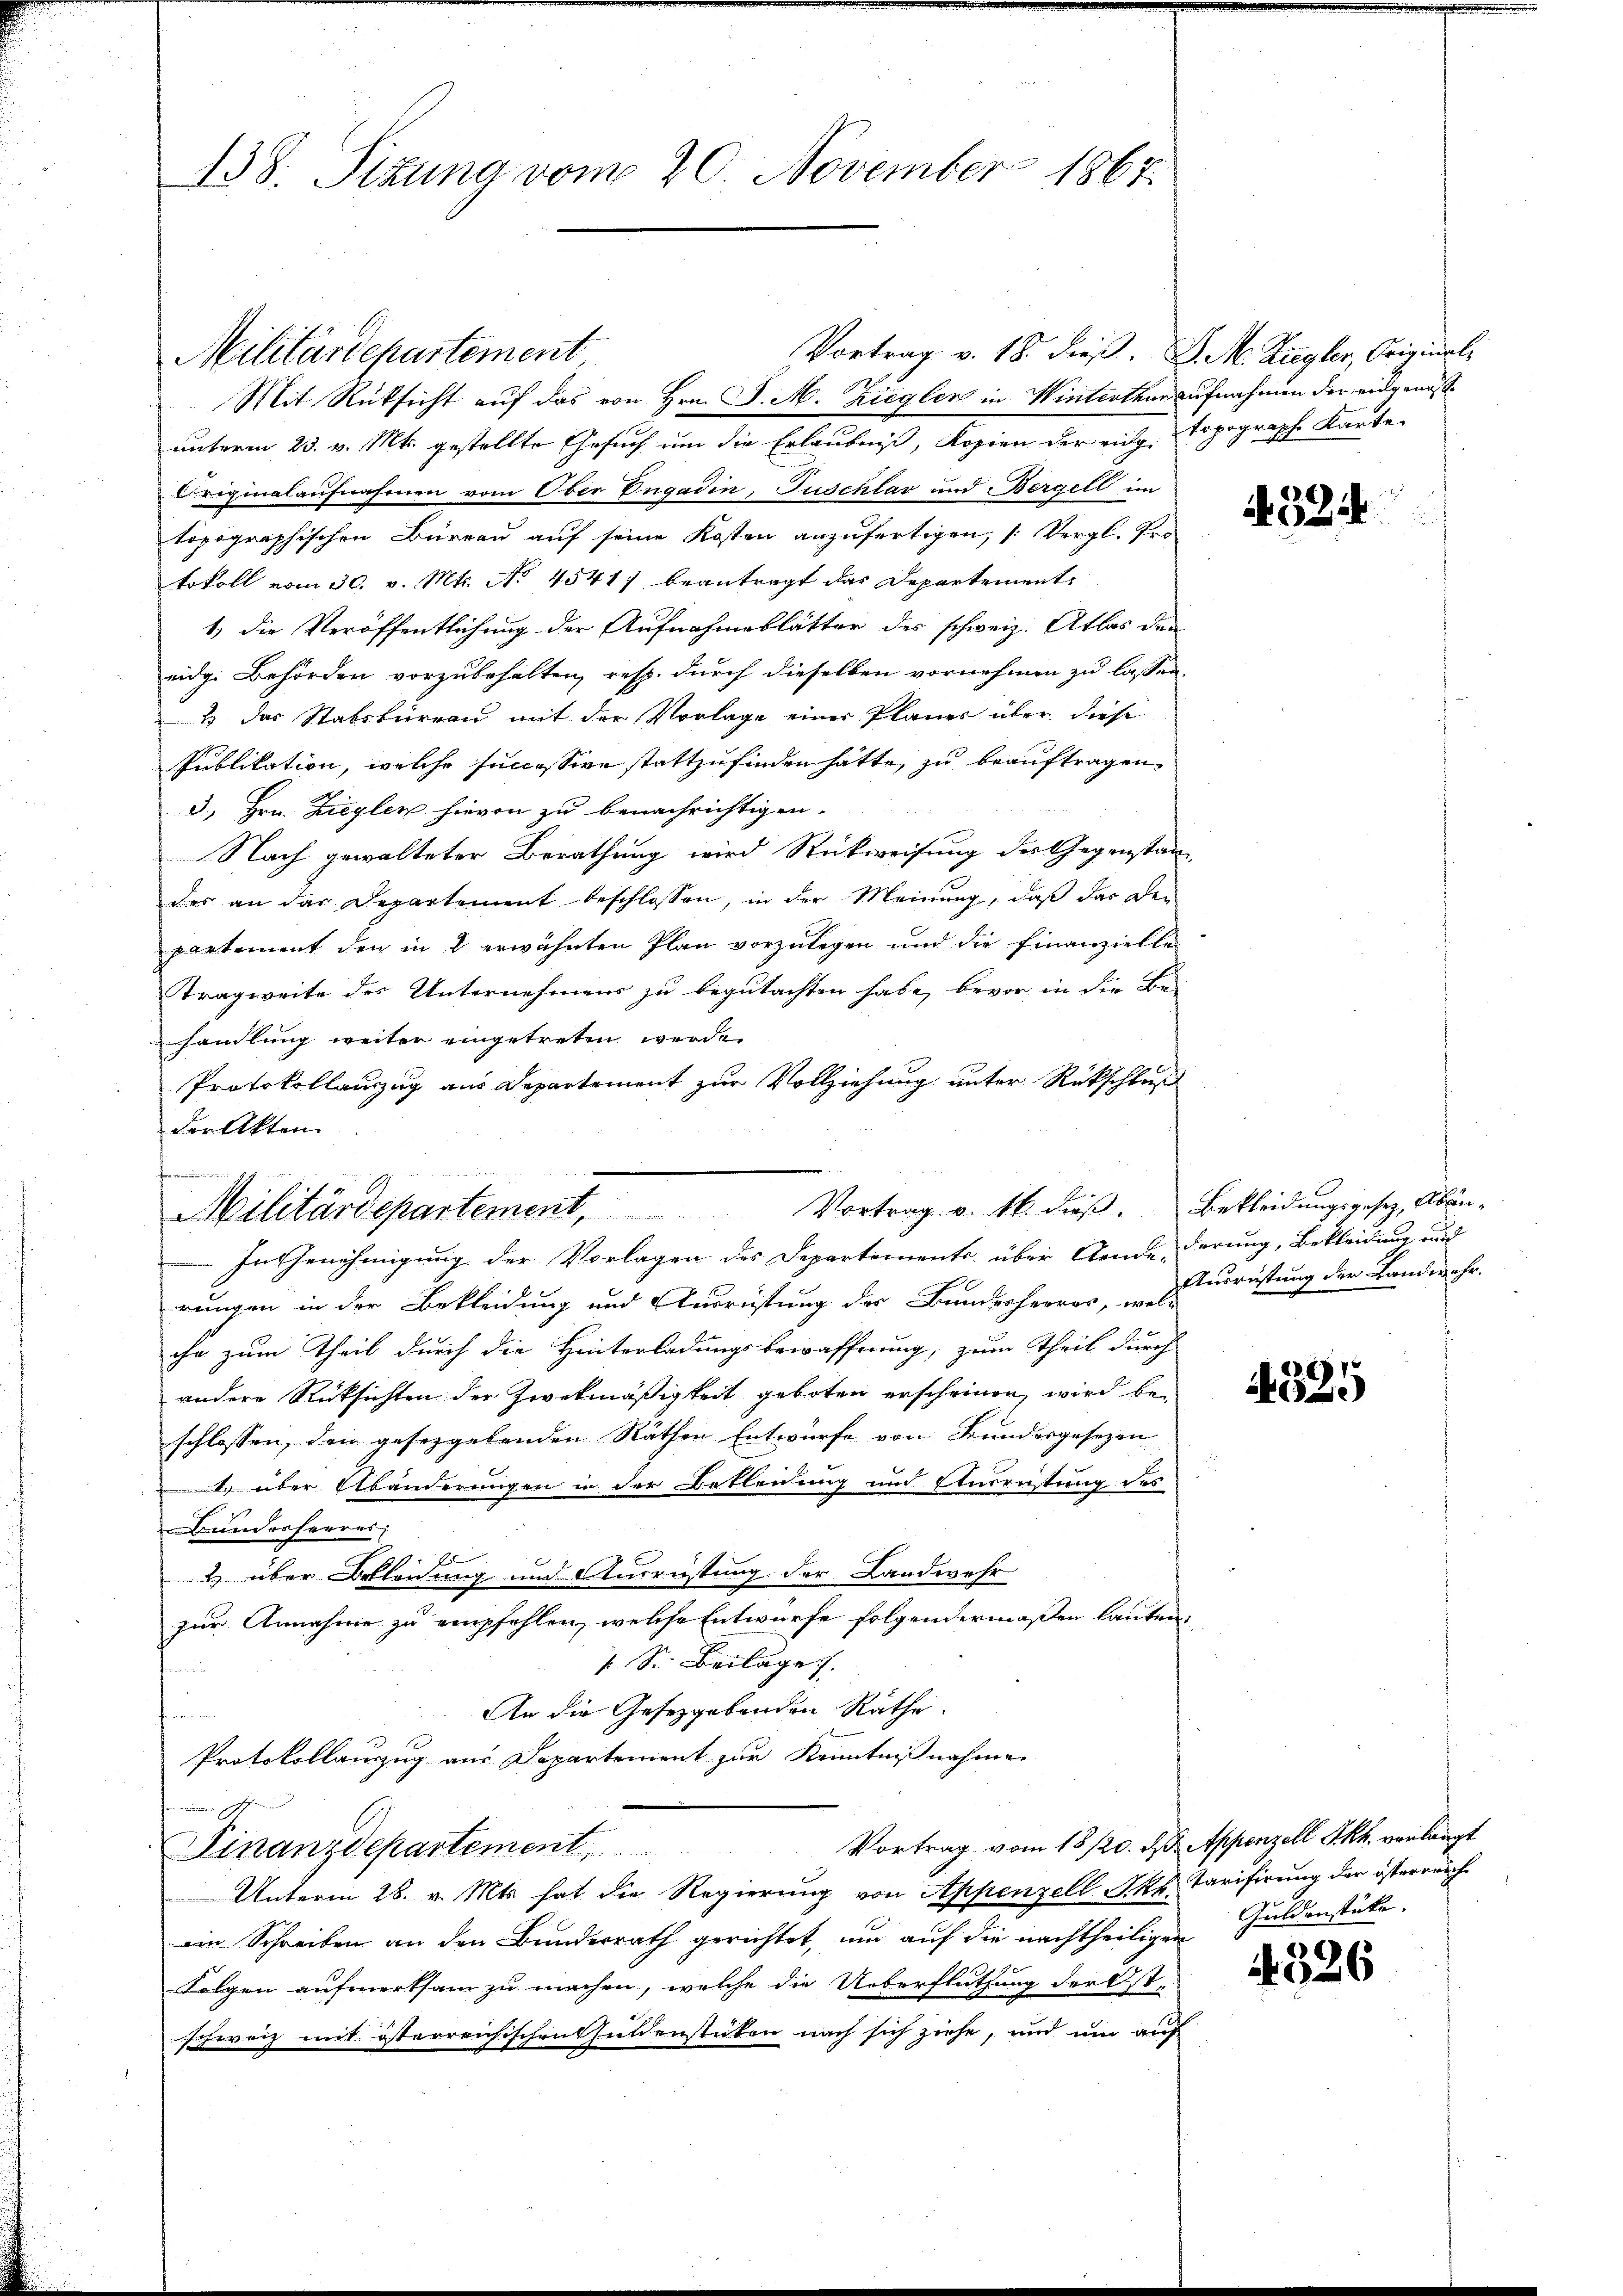
138. Sitzung vom 20. November 1867.

Vortrag v. 18 dieß. D. M. Ziegler, Original¬
Militärdepartement
Mit Rücksicht auf das von Hrn. J. M. Ziegler in Winterthur aufnahmen der eidgenösunterm 25. v. Mts. gestellte Gesuch um die Erlaubniß, Kopien der eidg. Topograph Kaute-
Originalaufnahmen vom Ober Dugadin, Juschlav und Bergell im
topographischen Büreau auf seine Kosten anzufertigen, (: Vergl. Pro
tokoll vom 30. v. Mts. No 4541) beantragt das Departements
1) die Veröffentlichung der Aufnahmeblätter des schweiz. Atlas den
eidg. Behörden vorzubehalten, resp. durch dieselben vornehmen zu lassen,
2 das Stabsbureau mit der Vorlage einer Planes über diese
Publikation, welche successive stattzufinden hätte, zu beauftragen
3. Hrn. Ziegler hievon zu benachrichtigen.
Nach gewalteter Berathung wird Rückweisung des Gegenstanz
des an der Departement beschlossen, in der Meinung, daß das Den
partement den in 2 erwähnten Plan vorzulegen und die Finanzielle
Tragweite des Unternehmens zu begutachten habe, bevor in die Be-
handlung weiter eingetreten werde.
Protokollauszug aus Departement zur Vollziehung unter Rückschluß
der Akten.
In Genehmigung der Vorlagen des Departements über Aende derung, Bekleidung und
rungen in der Bekleidung und Ausrüstung der Bundesherrer, da ristung der Landwehr.
che zum Theil durch die Hinterladungsbewaffnung, zum Theil durch
andere Rücksichten der Zweckmäßigkeit geboten erscheinen, wird beschlossen, den gesetzgebenden Räthen Entwurfe von Bundesgesezen
 über Abänderungen in der Bekleidung und Eturrüstung des
Bunderherres
2 über Oeleidung und Ausrüstung der Landwehr
zur Annahme zu empfehlen, welche Entwurfe folgendermaßen lauten,
 Sr. Beilage. |
hnun
An die Gesetzgebenden Räthe.
.
Protokollanzug aus Departement zur Kenntnißnahme
f
Vortrag vom 18./20. ds. Appenzell I.Rh. verlangt
Finanzdepartement
Unterm 28. v. Mts. hat die Regierung von Appenzell Kt. Tarifirung der österreich
ein Schreiben an den Bundesrath gerichtet, um auf die nachtheiligen
Folgen aufmerksam zu machen, welche die Ueberfluthung der Ost-
schweiz mit österreichischen Guldenstücken nach sich ziehe, und um auf

Vortrag v. M. dieß. Bekleidungsgesetz, Abän¬
Militärdepartement,

4324

525

Guldenstücke.

2) E
026